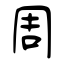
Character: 周